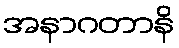
အနာဂတာနိ